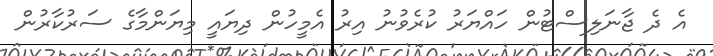
އެ ދެ ޖާނަލިސްޓުން ހައްޔަރު ކުރެވުނު އިރު އެމީހުން ދިޔައީ މިޔަންމާގެ ސަރުކާރުން